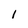
Character: 1